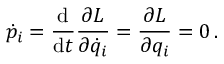
{ \dot { p } } _ { i } = { \frac { \mathrm { d } } { \mathrm { d } t } } { \frac { \partial L } { \partial { \dot { q } } _ { i } } } = { \frac { \partial L } { \partial q _ { i } } } = 0 \, .